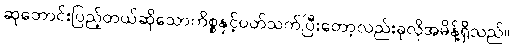
ဆုတောင်းပြည့်တယ်ဆိုသောကိစ္စနှင့်ပတ်သက်ပြီးတော့လည်းခုလိုအမိန့်ရှိသည်။